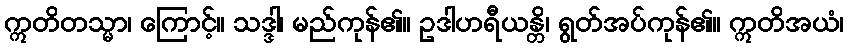
ဣတိတသ္မာ၊ ကြောင့်။ သဒ္ဒါ၊ မည်ကုန်၏။ ဥဒါဟရီယန္တိ၊ ရွတ်အပ်ကုန်၏။ ဣတိအယံ၊